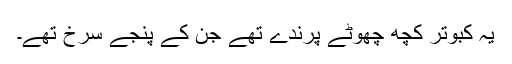
یہ کبوتر کچھ چھوٹے پرندے تھے جن کے پنجے سرخ تھے۔